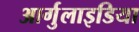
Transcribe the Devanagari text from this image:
आर्गुलाइडिया